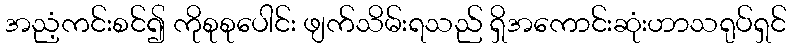
အညံ့ကင်းစင်၍ ကိုစုစုပေါင်း ဖျက်သိမ်းရသည် ရှိအကောင်းဆုံးဟာသရုပ်ရှင်